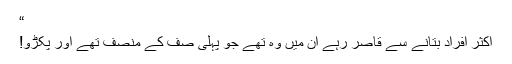
“
اکثر افراد بتانے سے قاصر رہے ان میں وہ تھے جو پہلی صف کے منصف تھے اور پکڑو!